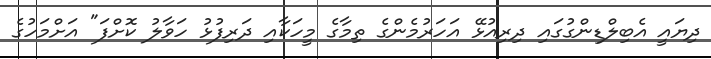
ދިޔައީ އެބިލްޑިންގުގައި ދިރިއުޅޭ އަހަރުމެންގެ ތިމާގެ މީހަކާއި ދަރިފުޅު ހަވާލު ކޮށްފަ" އަށްމަހުގެ